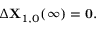
\begin{array} { r } { \Delta \mathbf { X } _ { 1 , 0 } ( \infty ) = \mathbf { 0 } . } \end{array}